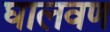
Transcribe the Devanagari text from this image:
घालवण